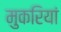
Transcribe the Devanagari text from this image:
मुकरियां